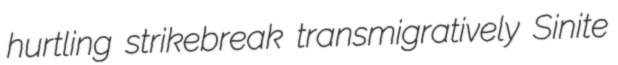
hurtling strikebreak transmigratively Sinite